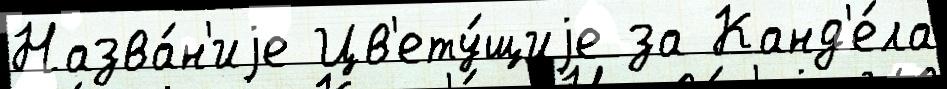
Назва́н'иjе Цв'ету́щиjе за Канд'е́ла